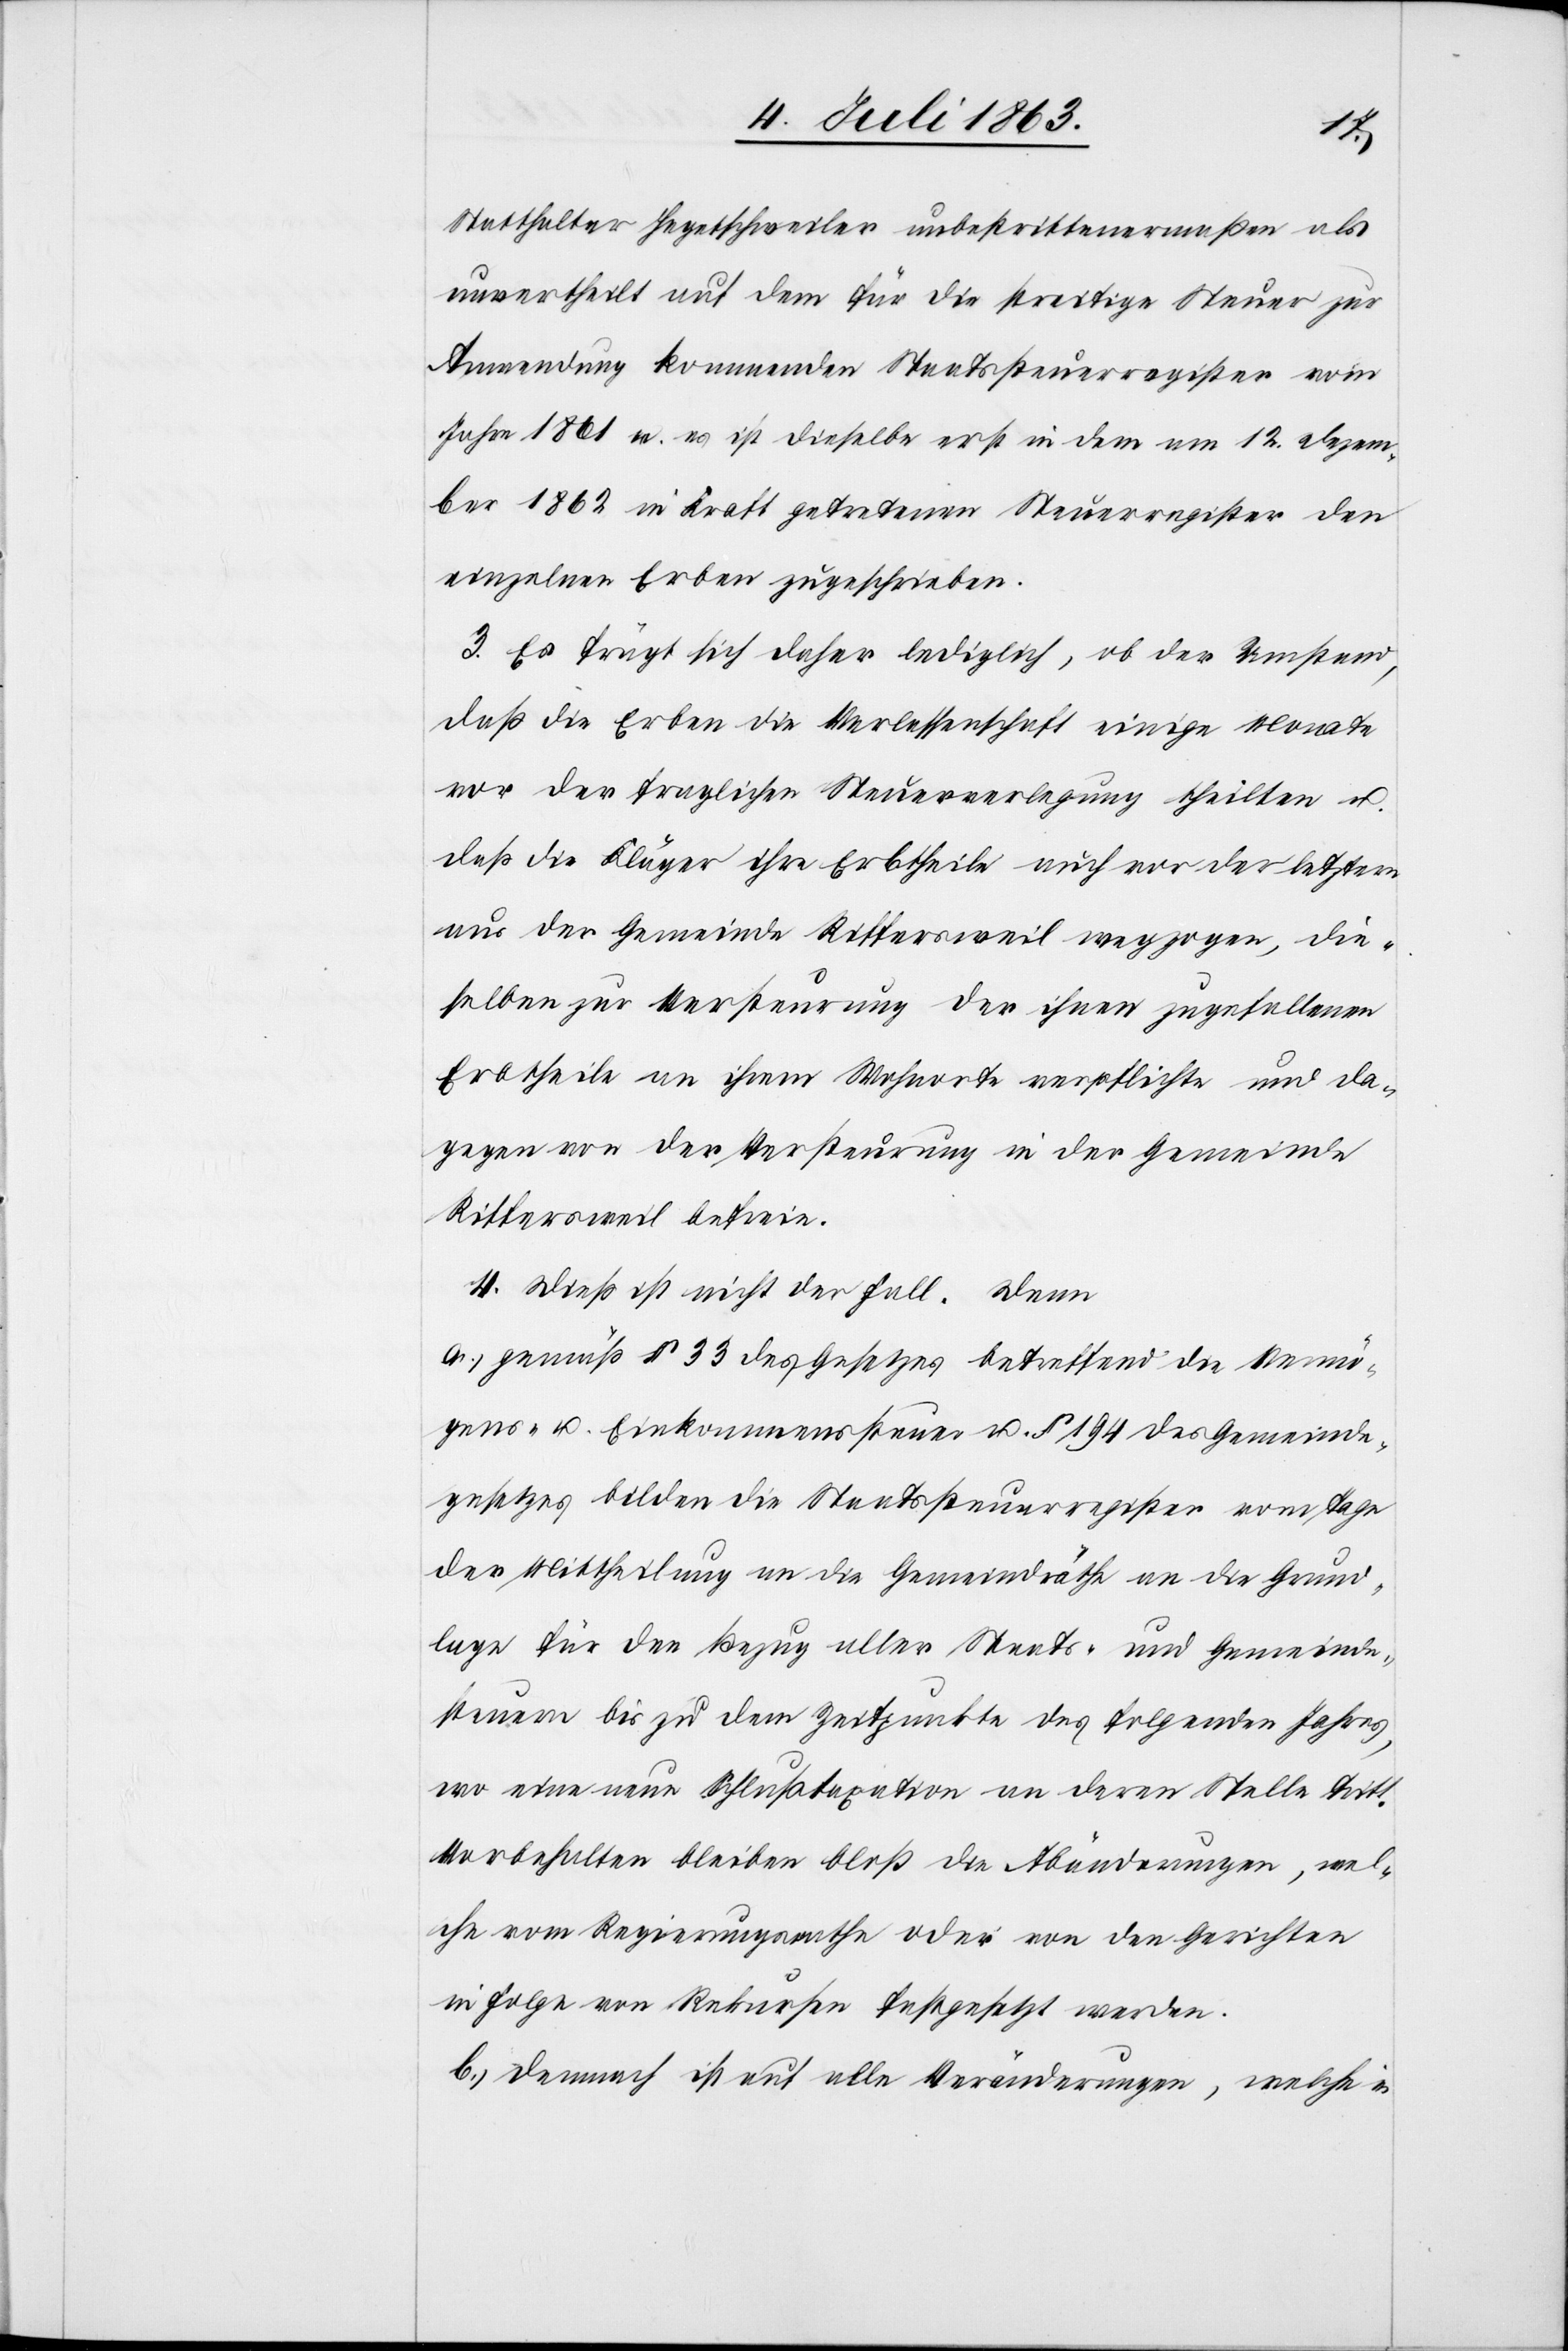
Statthalter Hegetschweiler unbestrittenermaßen als
unvertheilt auf dem für die streitige Steuer zur
Anwendung kommenden Staatssteuerregister vom
Jahre 1861 u. es ist dieselbe erst in dem am 12. Dezem¬
ber 1862 in Kraft getretenen Steuerregister den
einzelnen Erben zugeschrieben.
3. Es frägt sich daher lediglich, ob der Umstand,
daß die Erben die Verlassenschaft einige Monate
vor der fraglichen Steuerverlegung theilten u.
daß die Kläger ihre Erbtheile auch vor der letztern
aus der Gemeinde Riffersweil wegzogen, die¬
selben zur Versteurung der ihnen zugefallenen
Erbtheile an ihrem Wohnorte verpflichte und da¬
gegen von der Versteurung in der Gemeinde
Riffersweil befreie.
4. Dieß ist nicht der Fall. Denn
a.) gemäß § 33 des Gesetzes betreffend die Vermö¬
gens- u. Einkommenssteuer u. § 194 des Gemeinde¬
gesetzes bilden die Staatssteuerregister vom Tage
der Mittheilung an die Gemeindräthe an die Grund¬
lage für den Bezug aller Staats- und Gemeinde¬
steuern bis zu dem Zeitpunkte des folgenden Jahres,
wo eine neue Schlußtaxation an deren Stelle tritt.
Vorbehalten bleiben bloß die Abänderungen, wel¬
che vom Regierungsrathe oder von den Gerichten
in Folge von Rekursen festgesetzt werden.
b.) Demnach ist auf alle Veränderungen, welche in